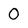
Character: O